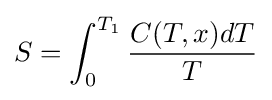
S=\int _{0}^{T_{1}}{\frac {C(T,x)dT}{T}}